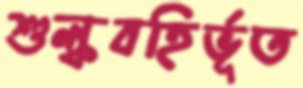
শুল্কবহির্ভূত